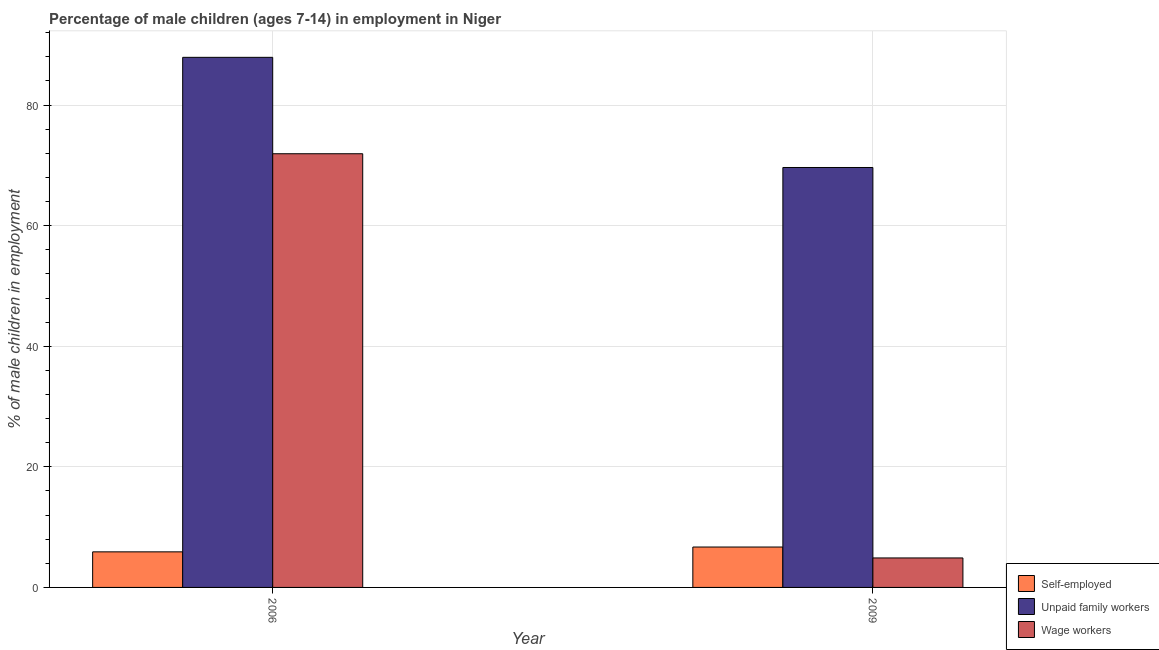
| Year | Self-employed | Unpaid family workers | Wage workers |
 | --- | --- | --- | --- |
 | 2006 | 5.9 | 87.9 | 71.9 |
 | 2009 | 6.7 | 69.7 | 4.89 |